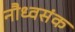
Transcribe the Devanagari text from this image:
नौध्वसंक